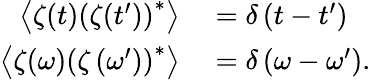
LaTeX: \begin{array}{rl}{\left\langle\zeta(t)\left(\zeta(t^{\prime})\right)^{*}\right\rangle}&{{}=\delta\left(t-t^{\prime}\right)}\\ {\left\langle\zeta(\omega)\left(\zeta\left(\omega^{\prime}\right)\right)^{*}\right\rangle}&{{}=\delta\left(\omega-\omega^{\prime}\right).}\end{array}